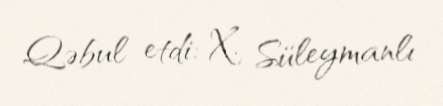
Qəbul etdi: X. Süleymanlı